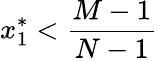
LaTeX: x_{1}^{*}<\frac{M-1}{N-1}